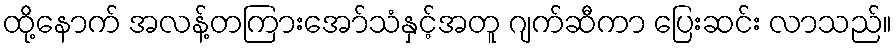
ထို့နောက် အလန့်တကြားအော်သံနှင့်အတူ ဂျက်ဆီကာ ပြေးဆင်း လာသည်။